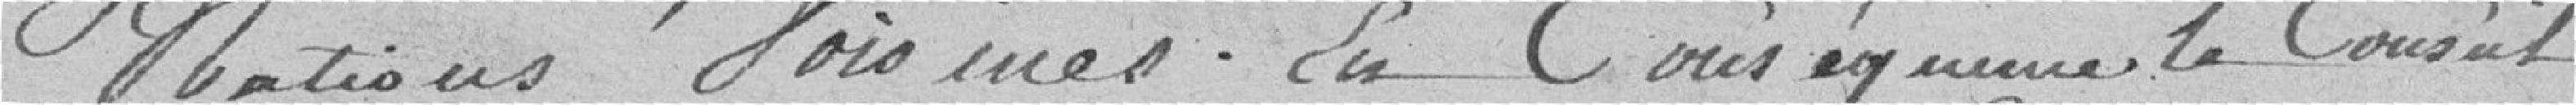
nations voisines. En conséquence, le consul